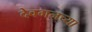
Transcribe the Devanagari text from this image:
देवगनच्या